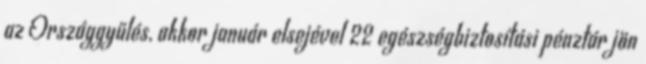
az Országgyűlés, akkor január elsejével 22 egészségbiztosítási pénztár jön